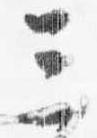
三